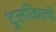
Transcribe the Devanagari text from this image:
टुलकिटचे